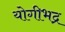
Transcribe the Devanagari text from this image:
योगीभद्र